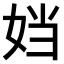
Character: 𫰠